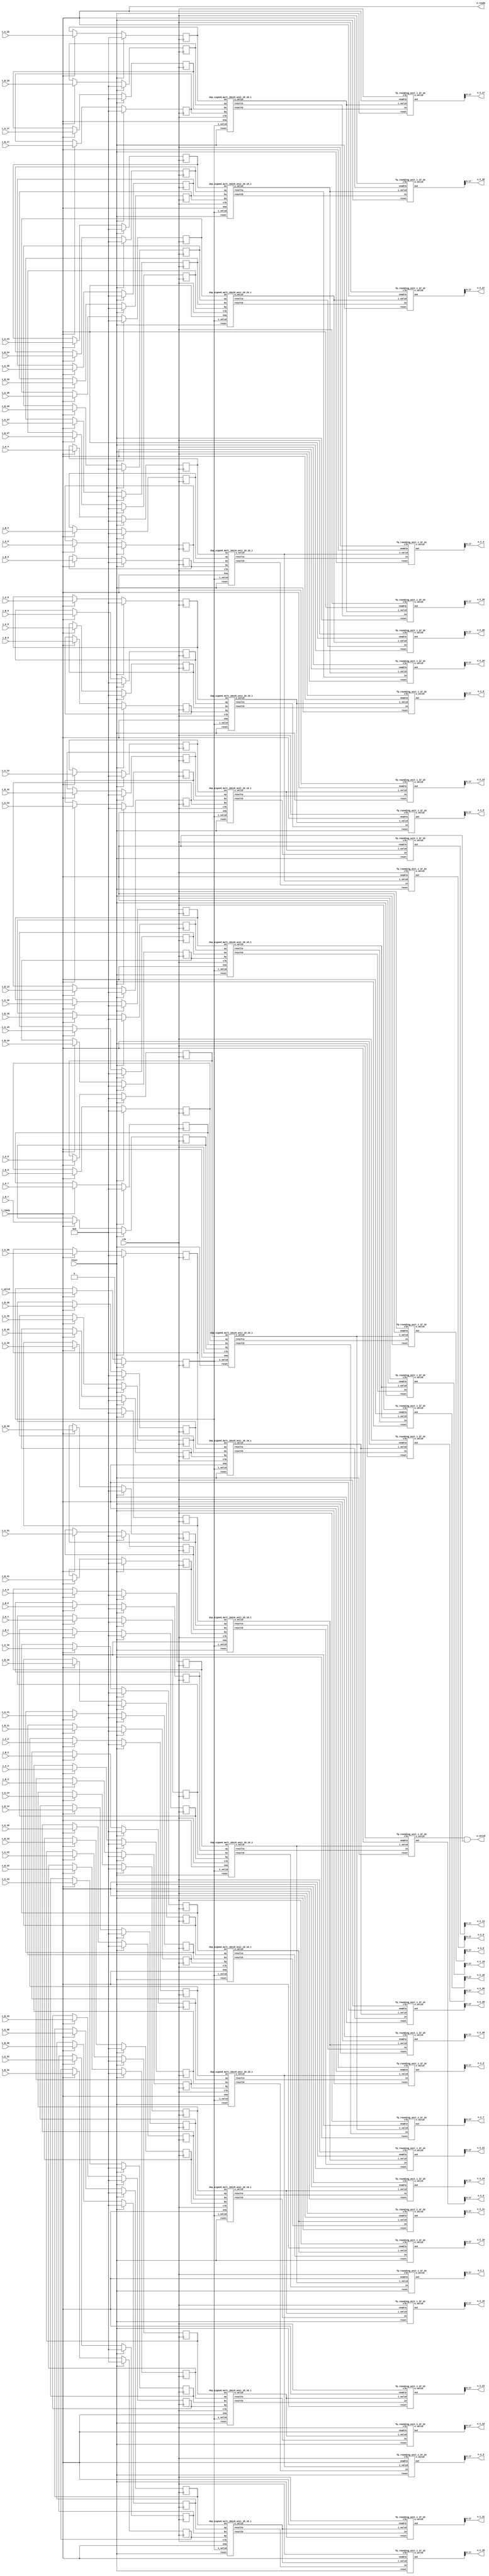
`define SIMULATION_MEMORY

module elementwise_mult_core_18_18_10_32_1 (
	input clk,
	input reset,
	input i_valid,
	input i_ready,
	input [17:0] i_A_0,
	input [17:0] i_B_0,
	output [17:0] o_C_0,
	input [17:0] i_A_1,
	input [17:0] i_B_1,
	output [17:0] o_C_1,
	input [17:0] i_A_2,
	input [17:0] i_B_2,
	output [17:0] o_C_2,
	input [17:0] i_A_3,
	input [17:0] i_B_3,
	output [17:0] o_C_3,
	input [17:0] i_A_4,
	input [17:0] i_B_4,
	output [17:0] o_C_4,
	input [17:0] i_A_5,
	input [17:0] i_B_5,
	output [17:0] o_C_5,
	input [17:0] i_A_6,
	input [17:0] i_B_6,
	output [17:0] o_C_6,
	input [17:0] i_A_7,
	input [17:0] i_B_7,
	output [17:0] o_C_7,
	input [17:0] i_A_8,
	input [17:0] i_B_8,
	output [17:0] o_C_8,
	input [17:0] i_A_9,
	input [17:0] i_B_9,
	output [17:0] o_C_9,
	input [17:0] i_A_10,
	input [17:0] i_B_10,
	output [17:0] o_C_10,
	input [17:0] i_A_11,
	input [17:0] i_B_11,
	output [17:0] o_C_11,
	input [17:0] i_A_12,
	input [17:0] i_B_12,
	output [17:0] o_C_12,
	input [17:0] i_A_13,
	input [17:0] i_B_13,
	output [17:0] o_C_13,
	input [17:0] i_A_14,
	input [17:0] i_B_14,
	output [17:0] o_C_14,
	input [17:0] i_A_15,
	input [17:0] i_B_15,
	output [17:0] o_C_15,
	input [17:0] i_A_16,
	input [17:0] i_B_16,
	output [17:0] o_C_16,
	input [17:0] i_A_17,
	input [17:0] i_B_17,
	output [17:0] o_C_17,
	input [17:0] i_A_18,
	input [17:0] i_B_18,
	output [17:0] o_C_18,
	input [17:0] i_A_19,
	input [17:0] i_B_19,
	output [17:0] o_C_19,
	input [17:0] i_A_20,
	input [17:0] i_B_20,
	output [17:0] o_C_20,
	input [17:0] i_A_21,
	input [17:0] i_B_21,
	output [17:0] o_C_21,
	input [17:0] i_A_22,
	input [17:0] i_B_22,
	output [17:0] o_C_22,
	input [17:0] i_A_23,
	input [17:0] i_B_23,
	output [17:0] o_C_23,
	input [17:0] i_A_24,
	input [17:0] i_B_24,
	output [17:0] o_C_24,
	input [17:0] i_A_25,
	input [17:0] i_B_25,
	output [17:0] o_C_25,
	input [17:0] i_A_26,
	input [17:0] i_B_26,
	output [17:0] o_C_26,
	input [17:0] i_A_27,
	input [17:0] i_B_27,
	output [17:0] o_C_27,
	input [17:0] i_A_28,
	input [17:0] i_B_28,
	output [17:0] o_C_28,
	input [17:0] i_A_29,
	input [17:0] i_B_29,
	output [17:0] o_C_29,
	input [17:0] i_A_30,
	input [17:0] i_B_30,
	output [17:0] o_C_30,
	input [17:0] i_A_31,
	input [17:0] i_B_31,
	output [17:0] o_C_31,
	output o_valid,
	output o_ready
);

// Store inputs and outputs in registers
reg [17:0] reg_A_0;
reg [17:0] reg_B_0;
wire [17:0] reg_C_0;
reg [17:0] reg_A_1;
reg [17:0] reg_B_1;
wire [17:0] reg_C_1;
reg [17:0] reg_A_2;
reg [17:0] reg_B_2;
wire [17:0] reg_C_2;
reg [17:0] reg_A_3;
reg [17:0] reg_B_3;
wire [17:0] reg_C_3;
reg [17:0] reg_A_4;
reg [17:0] reg_B_4;
wire [17:0] reg_C_4;
reg [17:0] reg_A_5;
reg [17:0] reg_B_5;
wire [17:0] reg_C_5;
reg [17:0] reg_A_6;
reg [17:0] reg_B_6;
wire [17:0] reg_C_6;
reg [17:0] reg_A_7;
reg [17:0] reg_B_7;
wire [17:0] reg_C_7;
reg [17:0] reg_A_8;
reg [17:0] reg_B_8;
wire [17:0] reg_C_8;
reg [17:0] reg_A_9;
reg [17:0] reg_B_9;
wire [17:0] reg_C_9;
reg [17:0] reg_A_10;
reg [17:0] reg_B_10;
wire [17:0] reg_C_10;
reg [17:0] reg_A_11;
reg [17:0] reg_B_11;
wire [17:0] reg_C_11;
reg [17:0] reg_A_12;
reg [17:0] reg_B_12;
wire [17:0] reg_C_12;
reg [17:0] reg_A_13;
reg [17:0] reg_B_13;
wire [17:0] reg_C_13;
reg [17:0] reg_A_14;
reg [17:0] reg_B_14;
wire [17:0] reg_C_14;
reg [17:0] reg_A_15;
reg [17:0] reg_B_15;
wire [17:0] reg_C_15;
reg [17:0] reg_A_16;
reg [17:0] reg_B_16;
wire [17:0] reg_C_16;
reg [17:0] reg_A_17;
reg [17:0] reg_B_17;
wire [17:0] reg_C_17;
reg [17:0] reg_A_18;
reg [17:0] reg_B_18;
wire [17:0] reg_C_18;
reg [17:0] reg_A_19;
reg [17:0] reg_B_19;
wire [17:0] reg_C_19;
reg [17:0] reg_A_20;
reg [17:0] reg_B_20;
wire [17:0] reg_C_20;
reg [17:0] reg_A_21;
reg [17:0] reg_B_21;
wire [17:0] reg_C_21;
reg [17:0] reg_A_22;
reg [17:0] reg_B_22;
wire [17:0] reg_C_22;
reg [17:0] reg_A_23;
reg [17:0] reg_B_23;
wire [17:0] reg_C_23;
reg [17:0] reg_A_24;
reg [17:0] reg_B_24;
wire [17:0] reg_C_24;
reg [17:0] reg_A_25;
reg [17:0] reg_B_25;
wire [17:0] reg_C_25;
reg [17:0] reg_A_26;
reg [17:0] reg_B_26;
wire [17:0] reg_C_26;
reg [17:0] reg_A_27;
reg [17:0] reg_B_27;
wire [17:0] reg_C_27;
reg [17:0] reg_A_28;
reg [17:0] reg_B_28;
wire [17:0] reg_C_28;
reg [17:0] reg_A_29;
reg [17:0] reg_B_29;
wire [17:0] reg_C_29;
reg [17:0] reg_A_30;
reg [17:0] reg_B_30;
wire [17:0] reg_C_30;
reg [17:0] reg_A_31;
reg [17:0] reg_B_31;
wire [17:0] reg_C_31;

reg valid_A_B;
wire valid_C;
wire enable;
assign enable = i_ready;

wire mult_valid_0;
wire round_valid_0;
wire [36:0] mult_C_0;
wire [36:0] rounded_C_0;
wire mult_valid_1;
wire round_valid_1;
wire [36:0] mult_C_1;
wire [36:0] rounded_C_1;
wire mult_valid_2;
wire round_valid_2;
wire [36:0] mult_C_2;
wire [36:0] rounded_C_2;
wire mult_valid_3;
wire round_valid_3;
wire [36:0] mult_C_3;
wire [36:0] rounded_C_3;
wire mult_valid_4;
wire round_valid_4;
wire [36:0] mult_C_4;
wire [36:0] rounded_C_4;
wire mult_valid_5;
wire round_valid_5;
wire [36:0] mult_C_5;
wire [36:0] rounded_C_5;
wire mult_valid_6;
wire round_valid_6;
wire [36:0] mult_C_6;
wire [36:0] rounded_C_6;
wire mult_valid_7;
wire round_valid_7;
wire [36:0] mult_C_7;
wire [36:0] rounded_C_7;
wire mult_valid_8;
wire round_valid_8;
wire [36:0] mult_C_8;
wire [36:0] rounded_C_8;
wire mult_valid_9;
wire round_valid_9;
wire [36:0] mult_C_9;
wire [36:0] rounded_C_9;
wire mult_valid_10;
wire round_valid_10;
wire [36:0] mult_C_10;
wire [36:0] rounded_C_10;
wire mult_valid_11;
wire round_valid_11;
wire [36:0] mult_C_11;
wire [36:0] rounded_C_11;
wire mult_valid_12;
wire round_valid_12;
wire [36:0] mult_C_12;
wire [36:0] rounded_C_12;
wire mult_valid_13;
wire round_valid_13;
wire [36:0] mult_C_13;
wire [36:0] rounded_C_13;
wire mult_valid_14;
wire round_valid_14;
wire [36:0] mult_C_14;
wire [36:0] rounded_C_14;
wire mult_valid_15;
wire round_valid_15;
wire [36:0] mult_C_15;
wire [36:0] rounded_C_15;
wire mult_valid_16;
wire round_valid_16;
wire [36:0] mult_C_16;
wire [36:0] rounded_C_16;
wire mult_valid_17;
wire round_valid_17;
wire [36:0] mult_C_17;
wire [36:0] rounded_C_17;
wire mult_valid_18;
wire round_valid_18;
wire [36:0] mult_C_18;
wire [36:0] rounded_C_18;
wire mult_valid_19;
wire round_valid_19;
wire [36:0] mult_C_19;
wire [36:0] rounded_C_19;
wire mult_valid_20;
wire round_valid_20;
wire [36:0] mult_C_20;
wire [36:0] rounded_C_20;
wire mult_valid_21;
wire round_valid_21;
wire [36:0] mult_C_21;
wire [36:0] rounded_C_21;
wire mult_valid_22;
wire round_valid_22;
wire [36:0] mult_C_22;
wire [36:0] rounded_C_22;
wire mult_valid_23;
wire round_valid_23;
wire [36:0] mult_C_23;
wire [36:0] rounded_C_23;
wire mult_valid_24;
wire round_valid_24;
wire [36:0] mult_C_24;
wire [36:0] rounded_C_24;
wire mult_valid_25;
wire round_valid_25;
wire [36:0] mult_C_25;
wire [36:0] rounded_C_25;
wire mult_valid_26;
wire round_valid_26;
wire [36:0] mult_C_26;
wire [36:0] rounded_C_26;
wire mult_valid_27;
wire round_valid_27;
wire [36:0] mult_C_27;
wire [36:0] rounded_C_27;
wire mult_valid_28;
wire round_valid_28;
wire [36:0] mult_C_28;
wire [36:0] rounded_C_28;
wire mult_valid_29;
wire round_valid_29;
wire [36:0] mult_C_29;
wire [36:0] rounded_C_29;
wire mult_valid_30;
wire round_valid_30;
wire [36:0] mult_C_30;
wire [36:0] rounded_C_30;
wire mult_valid_31;
wire round_valid_31;
wire [36:0] mult_C_31;
wire [36:0] rounded_C_31;

dsp_signed_mult_18x18_unit_18_18_1 dsp_signed_mult_18x18_unit_18_18_1_inst0 (
	.clk(clk),
	.reset(reset),
	.ena(enable),
	.i_valid(valid_A_B),
	.ax(reg_A_0),
	.ay(reg_B_0),
	.bx(reg_A_1),
	.by(reg_B_1),
	.o_valid(mult_valid_0),
	.resulta(mult_C_0),
	.resultb(mult_C_1)
);
assign mult_valid_1 = mult_valid_0;
dsp_signed_mult_18x18_unit_18_18_1 dsp_signed_mult_18x18_unit_18_18_1_inst2 (
	.clk(clk),
	.reset(reset),
	.ena(enable),
	.i_valid(valid_A_B),
	.ax(reg_A_2),
	.ay(reg_B_2),
	.bx(reg_A_3),
	.by(reg_B_3),
	.o_valid(mult_valid_2),
	.resulta(mult_C_2),
	.resultb(mult_C_3)
);
assign mult_valid_3 = mult_valid_2;
dsp_signed_mult_18x18_unit_18_18_1 dsp_signed_mult_18x18_unit_18_18_1_inst4 (
	.clk(clk),
	.reset(reset),
	.ena(enable),
	.i_valid(valid_A_B),
	.ax(reg_A_4),
	.ay(reg_B_4),
	.bx(reg_A_5),
	.by(reg_B_5),
	.o_valid(mult_valid_4),
	.resulta(mult_C_4),
	.resultb(mult_C_5)
);
assign mult_valid_5 = mult_valid_4;
dsp_signed_mult_18x18_unit_18_18_1 dsp_signed_mult_18x18_unit_18_18_1_inst6 (
	.clk(clk),
	.reset(reset),
	.ena(enable),
	.i_valid(valid_A_B),
	.ax(reg_A_6),
	.ay(reg_B_6),
	.bx(reg_A_7),
	.by(reg_B_7),
	.o_valid(mult_valid_6),
	.resulta(mult_C_6),
	.resultb(mult_C_7)
);
assign mult_valid_7 = mult_valid_6;
dsp_signed_mult_18x18_unit_18_18_1 dsp_signed_mult_18x18_unit_18_18_1_inst8 (
	.clk(clk),
	.reset(reset),
	.ena(enable),
	.i_valid(valid_A_B),
	.ax(reg_A_8),
	.ay(reg_B_8),
	.bx(reg_A_9),
	.by(reg_B_9),
	.o_valid(mult_valid_8),
	.resulta(mult_C_8),
	.resultb(mult_C_9)
);
assign mult_valid_9 = mult_valid_8;
dsp_signed_mult_18x18_unit_18_18_1 dsp_signed_mult_18x18_unit_18_18_1_inst10 (
	.clk(clk),
	.reset(reset),
	.ena(enable),
	.i_valid(valid_A_B),
	.ax(reg_A_10),
	.ay(reg_B_10),
	.bx(reg_A_11),
	.by(reg_B_11),
	.o_valid(mult_valid_10),
	.resulta(mult_C_10),
	.resultb(mult_C_11)
);
assign mult_valid_11 = mult_valid_10;
dsp_signed_mult_18x18_unit_18_18_1 dsp_signed_mult_18x18_unit_18_18_1_inst12 (
	.clk(clk),
	.reset(reset),
	.ena(enable),
	.i_valid(valid_A_B),
	.ax(reg_A_12),
	.ay(reg_B_12),
	.bx(reg_A_13),
	.by(reg_B_13),
	.o_valid(mult_valid_12),
	.resulta(mult_C_12),
	.resultb(mult_C_13)
);
assign mult_valid_13 = mult_valid_12;
dsp_signed_mult_18x18_unit_18_18_1 dsp_signed_mult_18x18_unit_18_18_1_inst14 (
	.clk(clk),
	.reset(reset),
	.ena(enable),
	.i_valid(valid_A_B),
	.ax(reg_A_14),
	.ay(reg_B_14),
	.bx(reg_A_15),
	.by(reg_B_15),
	.o_valid(mult_valid_14),
	.resulta(mult_C_14),
	.resultb(mult_C_15)
);
assign mult_valid_15 = mult_valid_14;
dsp_signed_mult_18x18_unit_18_18_1 dsp_signed_mult_18x18_unit_18_18_1_inst16 (
	.clk(clk),
	.reset(reset),
	.ena(enable),
	.i_valid(valid_A_B),
	.ax(reg_A_16),
	.ay(reg_B_16),
	.bx(reg_A_17),
	.by(reg_B_17),
	.o_valid(mult_valid_16),
	.resulta(mult_C_16),
	.resultb(mult_C_17)
);
assign mult_valid_17 = mult_valid_16;
dsp_signed_mult_18x18_unit_18_18_1 dsp_signed_mult_18x18_unit_18_18_1_inst18 (
	.clk(clk),
	.reset(reset),
	.ena(enable),
	.i_valid(valid_A_B),
	.ax(reg_A_18),
	.ay(reg_B_18),
	.bx(reg_A_19),
	.by(reg_B_19),
	.o_valid(mult_valid_18),
	.resulta(mult_C_18),
	.resultb(mult_C_19)
);
assign mult_valid_19 = mult_valid_18;
dsp_signed_mult_18x18_unit_18_18_1 dsp_signed_mult_18x18_unit_18_18_1_inst20 (
	.clk(clk),
	.reset(reset),
	.ena(enable),
	.i_valid(valid_A_B),
	.ax(reg_A_20),
	.ay(reg_B_20),
	.bx(reg_A_21),
	.by(reg_B_21),
	.o_valid(mult_valid_20),
	.resulta(mult_C_20),
	.resultb(mult_C_21)
);
assign mult_valid_21 = mult_valid_20;
dsp_signed_mult_18x18_unit_18_18_1 dsp_signed_mult_18x18_unit_18_18_1_inst22 (
	.clk(clk),
	.reset(reset),
	.ena(enable),
	.i_valid(valid_A_B),
	.ax(reg_A_22),
	.ay(reg_B_22),
	.bx(reg_A_23),
	.by(reg_B_23),
	.o_valid(mult_valid_22),
	.resulta(mult_C_22),
	.resultb(mult_C_23)
);
assign mult_valid_23 = mult_valid_22;
dsp_signed_mult_18x18_unit_18_18_1 dsp_signed_mult_18x18_unit_18_18_1_inst24 (
	.clk(clk),
	.reset(reset),
	.ena(enable),
	.i_valid(valid_A_B),
	.ax(reg_A_24),
	.ay(reg_B_24),
	.bx(reg_A_25),
	.by(reg_B_25),
	.o_valid(mult_valid_24),
	.resulta(mult_C_24),
	.resultb(mult_C_25)
);
assign mult_valid_25 = mult_valid_24;
dsp_signed_mult_18x18_unit_18_18_1 dsp_signed_mult_18x18_unit_18_18_1_inst26 (
	.clk(clk),
	.reset(reset),
	.ena(enable),
	.i_valid(valid_A_B),
	.ax(reg_A_26),
	.ay(reg_B_26),
	.bx(reg_A_27),
	.by(reg_B_27),
	.o_valid(mult_valid_26),
	.resulta(mult_C_26),
	.resultb(mult_C_27)
);
assign mult_valid_27 = mult_valid_26;
dsp_signed_mult_18x18_unit_18_18_1 dsp_signed_mult_18x18_unit_18_18_1_inst28 (
	.clk(clk),
	.reset(reset),
	.ena(enable),
	.i_valid(valid_A_B),
	.ax(reg_A_28),
	.ay(reg_B_28),
	.bx(reg_A_29),
	.by(reg_B_29),
	.o_valid(mult_valid_28),
	.resulta(mult_C_28),
	.resultb(mult_C_29)
);
assign mult_valid_29 = mult_valid_28;
dsp_signed_mult_18x18_unit_18_18_1 dsp_signed_mult_18x18_unit_18_18_1_inst30 (
	.clk(clk),
	.reset(reset),
	.ena(enable),
	.i_valid(valid_A_B),
	.ax(reg_A_30),
	.ay(reg_B_30),
	.bx(reg_A_31),
	.by(reg_B_31),
	.o_valid(mult_valid_30),
	.resulta(mult_C_30),
	.resultb(mult_C_31)
);
assign mult_valid_31 = mult_valid_30;
fp_rounding_unit_1_37_10 fp_rounding_unit_1_37_10_inst0 (
	.clk(clk),
	.reset(reset),
	.enable(enable),
	.i_valid(mult_valid_0),
	.in(mult_C_0),
	.o_valid(round_valid_0),
	.out(rounded_C_0)
);
assign reg_C_0 = rounded_C_0;
fp_rounding_unit_1_37_10 fp_rounding_unit_1_37_10_inst1 (
	.clk(clk),
	.reset(reset),
	.enable(enable),
	.i_valid(mult_valid_1),
	.in(mult_C_1),
	.o_valid(round_valid_1),
	.out(rounded_C_1)
);
assign reg_C_1 = rounded_C_1;
fp_rounding_unit_1_37_10 fp_rounding_unit_1_37_10_inst2 (
	.clk(clk),
	.reset(reset),
	.enable(enable),
	.i_valid(mult_valid_2),
	.in(mult_C_2),
	.o_valid(round_valid_2),
	.out(rounded_C_2)
);
assign reg_C_2 = rounded_C_2;
fp_rounding_unit_1_37_10 fp_rounding_unit_1_37_10_inst3 (
	.clk(clk),
	.reset(reset),
	.enable(enable),
	.i_valid(mult_valid_3),
	.in(mult_C_3),
	.o_valid(round_valid_3),
	.out(rounded_C_3)
);
assign reg_C_3 = rounded_C_3;
fp_rounding_unit_1_37_10 fp_rounding_unit_1_37_10_inst4 (
	.clk(clk),
	.reset(reset),
	.enable(enable),
	.i_valid(mult_valid_4),
	.in(mult_C_4),
	.o_valid(round_valid_4),
	.out(rounded_C_4)
);
assign reg_C_4 = rounded_C_4;
fp_rounding_unit_1_37_10 fp_rounding_unit_1_37_10_inst5 (
	.clk(clk),
	.reset(reset),
	.enable(enable),
	.i_valid(mult_valid_5),
	.in(mult_C_5),
	.o_valid(round_valid_5),
	.out(rounded_C_5)
);
assign reg_C_5 = rounded_C_5;
fp_rounding_unit_1_37_10 fp_rounding_unit_1_37_10_inst6 (
	.clk(clk),
	.reset(reset),
	.enable(enable),
	.i_valid(mult_valid_6),
	.in(mult_C_6),
	.o_valid(round_valid_6),
	.out(rounded_C_6)
);
assign reg_C_6 = rounded_C_6;
fp_rounding_unit_1_37_10 fp_rounding_unit_1_37_10_inst7 (
	.clk(clk),
	.reset(reset),
	.enable(enable),
	.i_valid(mult_valid_7),
	.in(mult_C_7),
	.o_valid(round_valid_7),
	.out(rounded_C_7)
);
assign reg_C_7 = rounded_C_7;
fp_rounding_unit_1_37_10 fp_rounding_unit_1_37_10_inst8 (
	.clk(clk),
	.reset(reset),
	.enable(enable),
	.i_valid(mult_valid_8),
	.in(mult_C_8),
	.o_valid(round_valid_8),
	.out(rounded_C_8)
);
assign reg_C_8 = rounded_C_8;
fp_rounding_unit_1_37_10 fp_rounding_unit_1_37_10_inst9 (
	.clk(clk),
	.reset(reset),
	.enable(enable),
	.i_valid(mult_valid_9),
	.in(mult_C_9),
	.o_valid(round_valid_9),
	.out(rounded_C_9)
);
assign reg_C_9 = rounded_C_9;
fp_rounding_unit_1_37_10 fp_rounding_unit_1_37_10_inst10 (
	.clk(clk),
	.reset(reset),
	.enable(enable),
	.i_valid(mult_valid_10),
	.in(mult_C_10),
	.o_valid(round_valid_10),
	.out(rounded_C_10)
);
assign reg_C_10 = rounded_C_10;
fp_rounding_unit_1_37_10 fp_rounding_unit_1_37_10_inst11 (
	.clk(clk),
	.reset(reset),
	.enable(enable),
	.i_valid(mult_valid_11),
	.in(mult_C_11),
	.o_valid(round_valid_11),
	.out(rounded_C_11)
);
assign reg_C_11 = rounded_C_11;
fp_rounding_unit_1_37_10 fp_rounding_unit_1_37_10_inst12 (
	.clk(clk),
	.reset(reset),
	.enable(enable),
	.i_valid(mult_valid_12),
	.in(mult_C_12),
	.o_valid(round_valid_12),
	.out(rounded_C_12)
);
assign reg_C_12 = rounded_C_12;
fp_rounding_unit_1_37_10 fp_rounding_unit_1_37_10_inst13 (
	.clk(clk),
	.reset(reset),
	.enable(enable),
	.i_valid(mult_valid_13),
	.in(mult_C_13),
	.o_valid(round_valid_13),
	.out(rounded_C_13)
);
assign reg_C_13 = rounded_C_13;
fp_rounding_unit_1_37_10 fp_rounding_unit_1_37_10_inst14 (
	.clk(clk),
	.reset(reset),
	.enable(enable),
	.i_valid(mult_valid_14),
	.in(mult_C_14),
	.o_valid(round_valid_14),
	.out(rounded_C_14)
);
assign reg_C_14 = rounded_C_14;
fp_rounding_unit_1_37_10 fp_rounding_unit_1_37_10_inst15 (
	.clk(clk),
	.reset(reset),
	.enable(enable),
	.i_valid(mult_valid_15),
	.in(mult_C_15),
	.o_valid(round_valid_15),
	.out(rounded_C_15)
);
assign reg_C_15 = rounded_C_15;
fp_rounding_unit_1_37_10 fp_rounding_unit_1_37_10_inst16 (
	.clk(clk),
	.reset(reset),
	.enable(enable),
	.i_valid(mult_valid_16),
	.in(mult_C_16),
	.o_valid(round_valid_16),
	.out(rounded_C_16)
);
assign reg_C_16 = rounded_C_16;
fp_rounding_unit_1_37_10 fp_rounding_unit_1_37_10_inst17 (
	.clk(clk),
	.reset(reset),
	.enable(enable),
	.i_valid(mult_valid_17),
	.in(mult_C_17),
	.o_valid(round_valid_17),
	.out(rounded_C_17)
);
assign reg_C_17 = rounded_C_17;
fp_rounding_unit_1_37_10 fp_rounding_unit_1_37_10_inst18 (
	.clk(clk),
	.reset(reset),
	.enable(enable),
	.i_valid(mult_valid_18),
	.in(mult_C_18),
	.o_valid(round_valid_18),
	.out(rounded_C_18)
);
assign reg_C_18 = rounded_C_18;
fp_rounding_unit_1_37_10 fp_rounding_unit_1_37_10_inst19 (
	.clk(clk),
	.reset(reset),
	.enable(enable),
	.i_valid(mult_valid_19),
	.in(mult_C_19),
	.o_valid(round_valid_19),
	.out(rounded_C_19)
);
assign reg_C_19 = rounded_C_19;
fp_rounding_unit_1_37_10 fp_rounding_unit_1_37_10_inst20 (
	.clk(clk),
	.reset(reset),
	.enable(enable),
	.i_valid(mult_valid_20),
	.in(mult_C_20),
	.o_valid(round_valid_20),
	.out(rounded_C_20)
);
assign reg_C_20 = rounded_C_20;
fp_rounding_unit_1_37_10 fp_rounding_unit_1_37_10_inst21 (
	.clk(clk),
	.reset(reset),
	.enable(enable),
	.i_valid(mult_valid_21),
	.in(mult_C_21),
	.o_valid(round_valid_21),
	.out(rounded_C_21)
);
assign reg_C_21 = rounded_C_21;
fp_rounding_unit_1_37_10 fp_rounding_unit_1_37_10_inst22 (
	.clk(clk),
	.reset(reset),
	.enable(enable),
	.i_valid(mult_valid_22),
	.in(mult_C_22),
	.o_valid(round_valid_22),
	.out(rounded_C_22)
);
assign reg_C_22 = rounded_C_22;
fp_rounding_unit_1_37_10 fp_rounding_unit_1_37_10_inst23 (
	.clk(clk),
	.reset(reset),
	.enable(enable),
	.i_valid(mult_valid_23),
	.in(mult_C_23),
	.o_valid(round_valid_23),
	.out(rounded_C_23)
);
assign reg_C_23 = rounded_C_23;
fp_rounding_unit_1_37_10 fp_rounding_unit_1_37_10_inst24 (
	.clk(clk),
	.reset(reset),
	.enable(enable),
	.i_valid(mult_valid_24),
	.in(mult_C_24),
	.o_valid(round_valid_24),
	.out(rounded_C_24)
);
assign reg_C_24 = rounded_C_24;
fp_rounding_unit_1_37_10 fp_rounding_unit_1_37_10_inst25 (
	.clk(clk),
	.reset(reset),
	.enable(enable),
	.i_valid(mult_valid_25),
	.in(mult_C_25),
	.o_valid(round_valid_25),
	.out(rounded_C_25)
);
assign reg_C_25 = rounded_C_25;
fp_rounding_unit_1_37_10 fp_rounding_unit_1_37_10_inst26 (
	.clk(clk),
	.reset(reset),
	.enable(enable),
	.i_valid(mult_valid_26),
	.in(mult_C_26),
	.o_valid(round_valid_26),
	.out(rounded_C_26)
);
assign reg_C_26 = rounded_C_26;
fp_rounding_unit_1_37_10 fp_rounding_unit_1_37_10_inst27 (
	.clk(clk),
	.reset(reset),
	.enable(enable),
	.i_valid(mult_valid_27),
	.in(mult_C_27),
	.o_valid(round_valid_27),
	.out(rounded_C_27)
);
assign reg_C_27 = rounded_C_27;
fp_rounding_unit_1_37_10 fp_rounding_unit_1_37_10_inst28 (
	.clk(clk),
	.reset(reset),
	.enable(enable),
	.i_valid(mult_valid_28),
	.in(mult_C_28),
	.o_valid(round_valid_28),
	.out(rounded_C_28)
);
assign reg_C_28 = rounded_C_28;
fp_rounding_unit_1_37_10 fp_rounding_unit_1_37_10_inst29 (
	.clk(clk),
	.reset(reset),
	.enable(enable),
	.i_valid(mult_valid_29),
	.in(mult_C_29),
	.o_valid(round_valid_29),
	.out(rounded_C_29)
);
assign reg_C_29 = rounded_C_29;
fp_rounding_unit_1_37_10 fp_rounding_unit_1_37_10_inst30 (
	.clk(clk),
	.reset(reset),
	.enable(enable),
	.i_valid(mult_valid_30),
	.in(mult_C_30),
	.o_valid(round_valid_30),
	.out(rounded_C_30)
);
assign reg_C_30 = rounded_C_30;
fp_rounding_unit_1_37_10 fp_rounding_unit_1_37_10_inst31 (
	.clk(clk),
	.reset(reset),
	.enable(enable),
	.i_valid(mult_valid_31),
	.in(mult_C_31),
	.o_valid(round_valid_31),
	.out(rounded_C_31)
);
assign reg_C_31 = rounded_C_31;
always @ (posedge clk) begin
	if (reset) begin
		valid_A_B <= 1'b0;
		reg_A_0 <= 0;
		reg_B_0 <= 0;
		reg_A_1 <= 0;
		reg_B_1 <= 0;
		reg_A_2 <= 0;
		reg_B_2 <= 0;
		reg_A_3 <= 0;
		reg_B_3 <= 0;
		reg_A_4 <= 0;
		reg_B_4 <= 0;
		reg_A_5 <= 0;
		reg_B_5 <= 0;
		reg_A_6 <= 0;
		reg_B_6 <= 0;
		reg_A_7 <= 0;
		reg_B_7 <= 0;
		reg_A_8 <= 0;
		reg_B_8 <= 0;
		reg_A_9 <= 0;
		reg_B_9 <= 0;
		reg_A_10 <= 0;
		reg_B_10 <= 0;
		reg_A_11 <= 0;
		reg_B_11 <= 0;
		reg_A_12 <= 0;
		reg_B_12 <= 0;
		reg_A_13 <= 0;
		reg_B_13 <= 0;
		reg_A_14 <= 0;
		reg_B_14 <= 0;
		reg_A_15 <= 0;
		reg_B_15 <= 0;
		reg_A_16 <= 0;
		reg_B_16 <= 0;
		reg_A_17 <= 0;
		reg_B_17 <= 0;
		reg_A_18 <= 0;
		reg_B_18 <= 0;
		reg_A_19 <= 0;
		reg_B_19 <= 0;
		reg_A_20 <= 0;
		reg_B_20 <= 0;
		reg_A_21 <= 0;
		reg_B_21 <= 0;
		reg_A_22 <= 0;
		reg_B_22 <= 0;
		reg_A_23 <= 0;
		reg_B_23 <= 0;
		reg_A_24 <= 0;
		reg_B_24 <= 0;
		reg_A_25 <= 0;
		reg_B_25 <= 0;
		reg_A_26 <= 0;
		reg_B_26 <= 0;
		reg_A_27 <= 0;
		reg_B_27 <= 0;
		reg_A_28 <= 0;
		reg_B_28 <= 0;
		reg_A_29 <= 0;
		reg_B_29 <= 0;
		reg_A_30 <= 0;
		reg_B_30 <= 0;
		reg_A_31 <= 0;
		reg_B_31 <= 0;
	end else if (enable) begin
		reg_A_0 <= i_A_0;
		reg_B_0 <= i_B_0;
		reg_A_1 <= i_A_1;
		reg_B_1 <= i_B_1;
		reg_A_2 <= i_A_2;
		reg_B_2 <= i_B_2;
		reg_A_3 <= i_A_3;
		reg_B_3 <= i_B_3;
		reg_A_4 <= i_A_4;
		reg_B_4 <= i_B_4;
		reg_A_5 <= i_A_5;
		reg_B_5 <= i_B_5;
		reg_A_6 <= i_A_6;
		reg_B_6 <= i_B_6;
		reg_A_7 <= i_A_7;
		reg_B_7 <= i_B_7;
		reg_A_8 <= i_A_8;
		reg_B_8 <= i_B_8;
		reg_A_9 <= i_A_9;
		reg_B_9 <= i_B_9;
		reg_A_10 <= i_A_10;
		reg_B_10 <= i_B_10;
		reg_A_11 <= i_A_11;
		reg_B_11 <= i_B_11;
		reg_A_12 <= i_A_12;
		reg_B_12 <= i_B_12;
		reg_A_13 <= i_A_13;
		reg_B_13 <= i_B_13;
		reg_A_14 <= i_A_14;
		reg_B_14 <= i_B_14;
		reg_A_15 <= i_A_15;
		reg_B_15 <= i_B_15;
		reg_A_16 <= i_A_16;
		reg_B_16 <= i_B_16;
		reg_A_17 <= i_A_17;
		reg_B_17 <= i_B_17;
		reg_A_18 <= i_A_18;
		reg_B_18 <= i_B_18;
		reg_A_19 <= i_A_19;
		reg_B_19 <= i_B_19;
		reg_A_20 <= i_A_20;
		reg_B_20 <= i_B_20;
		reg_A_21 <= i_A_21;
		reg_B_21 <= i_B_21;
		reg_A_22 <= i_A_22;
		reg_B_22 <= i_B_22;
		reg_A_23 <= i_A_23;
		reg_B_23 <= i_B_23;
		reg_A_24 <= i_A_24;
		reg_B_24 <= i_B_24;
		reg_A_25 <= i_A_25;
		reg_B_25 <= i_B_25;
		reg_A_26 <= i_A_26;
		reg_B_26 <= i_B_26;
		reg_A_27 <= i_A_27;
		reg_B_27 <= i_B_27;
		reg_A_28 <= i_A_28;
		reg_B_28 <= i_B_28;
		reg_A_29 <= i_A_29;
		reg_B_29 <= i_B_29;
		reg_A_30 <= i_A_30;
		reg_B_30 <= i_B_30;
		reg_A_31 <= i_A_31;
		reg_B_31 <= i_B_31;
		valid_A_B <= i_valid;
	end
end

assign o_C_0 = reg_C_0;
assign o_C_1 = reg_C_1;
assign o_C_2 = reg_C_2;
assign o_C_3 = reg_C_3;
assign o_C_4 = reg_C_4;
assign o_C_5 = reg_C_5;
assign o_C_6 = reg_C_6;
assign o_C_7 = reg_C_7;
assign o_C_8 = reg_C_8;
assign o_C_9 = reg_C_9;
assign o_C_10 = reg_C_10;
assign o_C_11 = reg_C_11;
assign o_C_12 = reg_C_12;
assign o_C_13 = reg_C_13;
assign o_C_14 = reg_C_14;
assign o_C_15 = reg_C_15;
assign o_C_16 = reg_C_16;
assign o_C_17 = reg_C_17;
assign o_C_18 = reg_C_18;
assign o_C_19 = reg_C_19;
assign o_C_20 = reg_C_20;
assign o_C_21 = reg_C_21;
assign o_C_22 = reg_C_22;
assign o_C_23 = reg_C_23;
assign o_C_24 = reg_C_24;
assign o_C_25 = reg_C_25;
assign o_C_26 = reg_C_26;
assign o_C_27 = reg_C_27;
assign o_C_28 = reg_C_28;
assign o_C_29 = reg_C_29;
assign o_C_30 = reg_C_30;
assign o_C_31 = reg_C_31;
assign valid_C = round_valid_0;
assign o_ready = i_ready;
assign o_valid = valid_C & i_ready;

endmodule

module dsp_signed_mult_18x18_unit_18_18_1 (
	input clk,
	input reset,
	input ena,
	input i_valid,
	input [17:0] ax,
	input [17:0] ay,
	input [17:0] bx,
	input [17:0] by,
	output o_valid,
	output [36:0] resulta,
	output [36:0] resultb 
);

reg [17:0] reg_ax, reg_ay, reg_bx, reg_by;
reg [36:0] reg_resa, reg_resb;
always @(posedge clk) begin
	if (reset) begin
		reg_ax <= 0;
		reg_ay <= 0;
		reg_bx <= 0;
		reg_by <= 0;
		reg_resa <= 0;
		reg_resb <= 0;
	end else if (ena) begin
		reg_ax <= ax;
		reg_ay <= ay;
		reg_bx <= bx;
		reg_by <= by;
		reg_resa <= reg_ax * reg_ay;
		reg_resb <= reg_bx * reg_by;
	end
end

assign resulta = reg_resa;
assign resultb = reg_resb;
reg input_valid, result_valid, output_valid;
always @ (posedge clk) begin
	if (reset) begin
		output_valid <= 1'b0;
		input_valid <= 1'b0;
		result_valid <= 1'b0;
	end else if (ena) begin
		input_valid <= i_valid;
		result_valid <= input_valid;
		output_valid <= result_valid;
	end
end
assign o_valid = output_valid;

endmodule

module fp_rounding_unit_1_37_10 (
	input clk,
	input reset,
	input enable,
	input i_valid,
	input [36:0] in,
	output [36:0] out,
	output o_valid
);

reg [36:0] rounded_result;
reg [36:0] floor;
reg [36:0] ceil;
reg is_ceil;
reg floor_ceil_valid;

always @ (*) begin
	if (is_ceil) begin
		rounded_result = ceil;
	end else begin
		rounded_result = floor;
	end
end

reg valid_reg;
reg [36:0] out_reg;
always @ (posedge clk) begin
	if (reset) begin
		is_ceil <= 1'b0;
		floor_ceil_valid <= 1'b0;
		valid_reg <= 1'b0;
		floor <= 0;
		ceil <= 0;
		out_reg <= 0;
	end else if (enable) begin
		is_ceil <= in[9];
		floor <= in >>> 10;
		ceil <= (in >>> 10) + 1;
		floor_ceil_valid <= i_valid;
		out_reg <= rounded_result;
		valid_reg <= floor_ceil_valid;
	end
end

assign o_valid = valid_reg;

assign out = out_reg;

endmodule